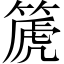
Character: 篪